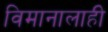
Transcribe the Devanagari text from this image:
विमानालाही